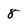
Character: 8